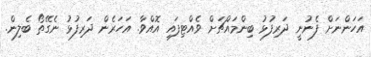
އަހަންނަށް ފެނުނީ ދަރިފުޅު ބިންމައްޗަށް ވެއްޓިފައި އޮއްވާ. އަހަރެން ދަރިފުޅު ނެގޭތޯ ބެލިން.